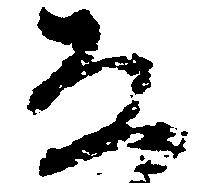
な